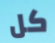
كل